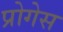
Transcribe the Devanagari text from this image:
प्रोगेस